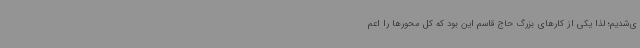
ی‌شدیم؛ لذا یکی از کارهای بزرگ حاج قاسم این بود که کل محورها را اعم